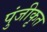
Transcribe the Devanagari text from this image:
पुंजीकृत